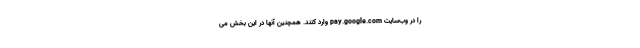
را در وب‌سایت pay.google.com وارد کنند. همچنین آنها در این بخش می